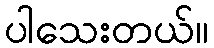
ပါသေးတယ်။